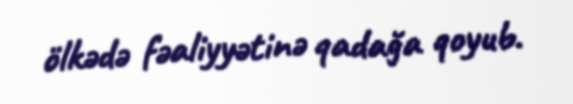
ölkədə fəaliyyətinə qadağa qoyub.